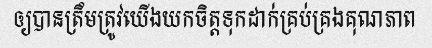
ឲ្យបានត្រឹមត្រូវយើងយកចិត្តទុកដាក់គ្រប់គ្រងគុណភាព